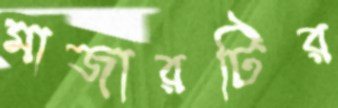
মাজারটির